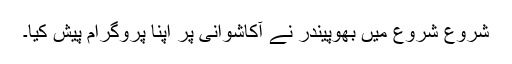
شُرُوع شُرُوع میں بھُوپینْدْر نے آکاشوانِی پر اپنا پروگرام پیش کِیا۔